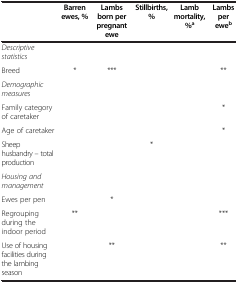
<table><thead><tr><td><b> </b></td><td><b>Barren ewes, %</b></td><td><b>Lambs born per pregnant ewe</b></td><td><b>Stillbirths,%</b></td><td><b>Lamb mortality,%<sup>a</sup></b></td><td><b>Lambs per ewe<sup>b</sup></b></td></tr></thead><tbody><tr><td><i>Descriptive statistics</i></td><td> </td><td> </td><td> </td><td> </td><td> </td></tr><tr><td>Breed</td><td>*</td><td>***</td><td> </td><td> </td><td>**</td></tr><tr><td><i>Demographic measures</i></td><td> </td><td> </td><td> </td><td> </td><td> </td></tr><tr><td>Family category of caretaker</td><td> </td><td> </td><td> </td><td> </td><td>*</td></tr><tr><td>Age of caretaker</td><td> </td><td> </td><td> </td><td> </td><td>*</td></tr><tr><td>Sheep husbandry – total production</td><td> </td><td> </td><td>*</td><td> </td><td> </td></tr><tr><td><i>Housing and management</i></td><td> </td><td> </td><td> </td><td> </td><td> </td></tr><tr><td>Ewes per pen</td><td> </td><td>*</td><td> </td><td> </td><td> </td></tr><tr><td>Regrouping during the indoor period</td><td>**</td><td> </td><td> </td><td> </td><td>***</td></tr><tr><td>Use of housing facilities during the lambing season</td><td> </td><td>**</td><td> </td><td> </td><td>**</td></tr></tbody></table>